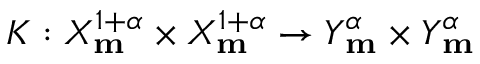
K : X _ { \mathbf { m } } ^ { 1 + \alpha } \times X _ { \mathbf { m } } ^ { 1 + \alpha } \rightarrow Y _ { \mathbf { m } } ^ { \alpha } \times Y _ { \mathbf { m } } ^ { \alpha }